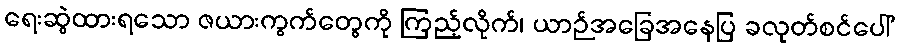
ရေးဆွဲထားရသော ဇယားကွက်တွေကို ကြည့်လိုက်၊ ယာဉ်အခြေအနေပြ ခလုတ်စင်ပေါ်